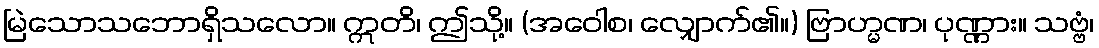
မြဲသောသဘောရှိသလော။ ဣတိ၊ ဤသို့။ (အဝေါစ၊ လျှောက်၏။) ဗြာဟ္မဏ၊ ပုဏ္ဏား။ သဗ္ဗံ၊